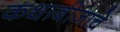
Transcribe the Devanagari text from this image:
कथाबीजाचे